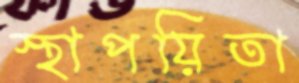
স্থাপয়িতা